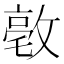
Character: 𪯒